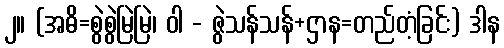
၂။ (အဓိ=စွဲစွဲမြဲမြဲ၊ ဝါ - ဇွဲသန်သန်+ဌာန=တည်တံ့ခြင်း) ဒါန